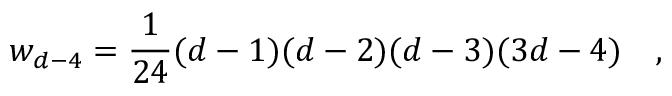
w _ { d - 4 } = { \frac { 1 } { 2 4 } } ( d - 1 ) ( d - 2 ) ( d - 3 ) ( 3 d - 4 ) ~ ~ ~ ,